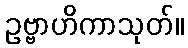
ဥဗ္ဗာဟိကာသုတ်။